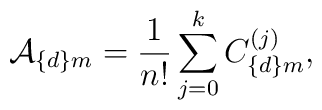
{\cal A}_{\{d\}m}={1\over n!}\sum_{j=0}^k C^{(j)}_{\{d\}m},